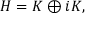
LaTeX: H = K \oplus i K ,